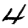
Digit: 4